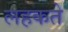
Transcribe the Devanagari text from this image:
लहकते